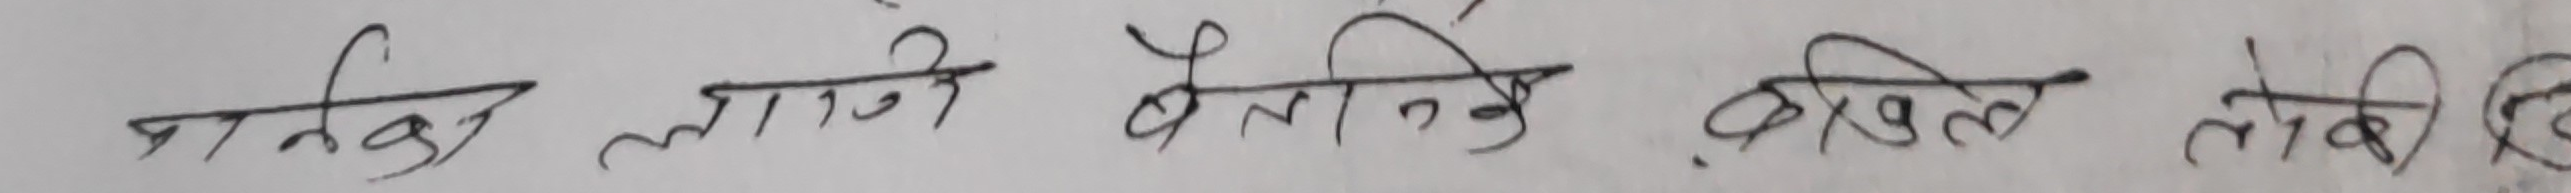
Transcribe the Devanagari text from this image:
नागले लाग्ने भैतिके अखिल लेखे